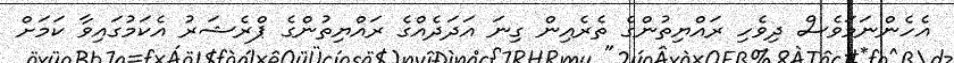
އެހެންނަމަވެސް ދިވެހި ރައްޔިތުންގެ ތެރެއިން ގިނަ އަދަދެއްގެ ރައްޔިތުންގެ ޕްރެޝަރު އެކަމުގައިވާ ކަމަށް